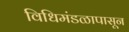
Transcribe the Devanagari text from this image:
विधिमंडळापासून